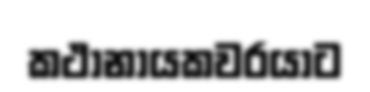
කථානායකවරයාට